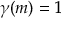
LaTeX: \gamma ( m ) = 1